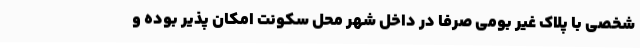
شخصی با پلاک غیر بومی صرفا در داخل شهر محل سکونت امکان پذیر بوده و